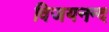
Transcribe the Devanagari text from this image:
विजयनन्द